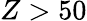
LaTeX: Z>50